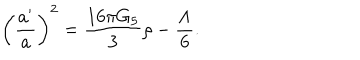
LaTeX: \left( { \frac { a ^ { \prime } } { a } } \right) ^ { 2 } = { \frac { 1 6 \pi G _ { 5 } } { 3 } } \rho - { \frac { \Lambda } { 6 } } .